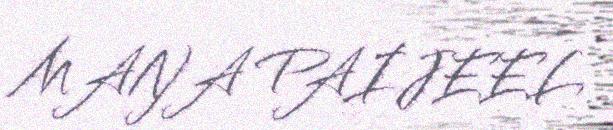
MAŊA PAIJEEL